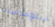
دبلوماسية